Annual administration report of the Civil Veterinary Department of India - 1907-1908
Year: 1907
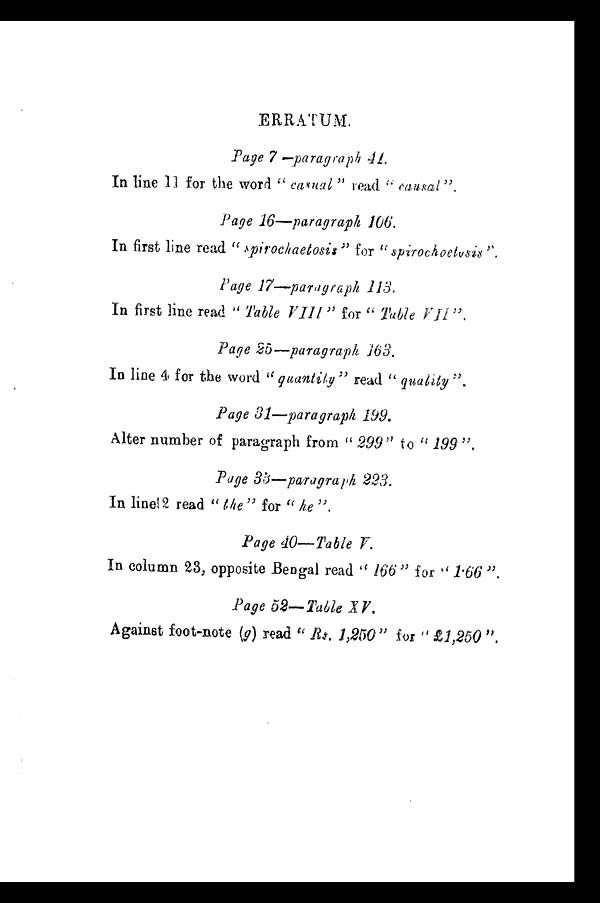
ERRATUM.
Page 7 —paragraph 41.
In line 11 for the word "casual" read "causal".
Page 16—paragraph 106.
In first line read "spirochaetosis" for "spirochoetosis".
Page 17—paragraph 113.
In first line read " Table VIII" for " Table VII".
Page 25—paragraph 163.
In line 4 for the word "quantity" read "quality".
Page 31—paragraph 199.
Alter number of paragraph from "299" to "199".
Page 33—paragraph 223.
In line12 read " the " for " he ".
Page 40—Table V.
In column 23, opposite Bengal read " 166" for " 1.66 ".
Page 52—Table XV.
Against foot-note (g) read " Rs. 1,250" for " £1,250 ".